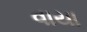
વાયા